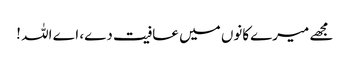
مجھے میرےکانوں میں عافیت دے، اے اللہ !